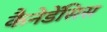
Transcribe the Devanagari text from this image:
कैनेडेंसिस